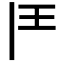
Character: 𩰋